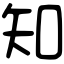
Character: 知